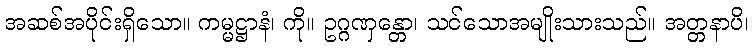
အဆစ်အပိုင်းရှိသော။ ကမ္မဋ္ဌာနံ၊ ကို။ ဥဂ္ဂဏှန္တော၊ သင်သောအမျိုးသားသည်။ အတ္တနာပိ၊